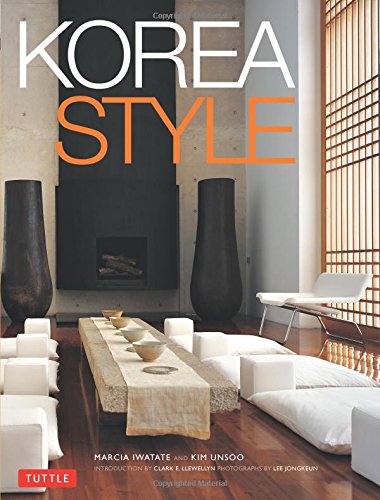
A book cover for Korea Style; Marcia Iwatate; History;